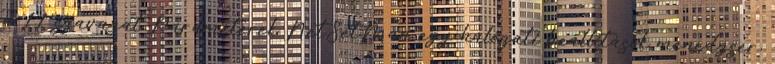
a 11 szavazat Paraméterek NetSetMan egy hálózati beállítások menedzser,